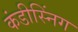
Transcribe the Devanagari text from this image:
कंडीस्निंग